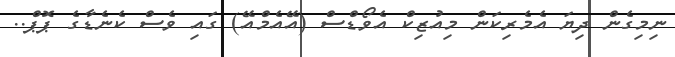
ނިމިގެން ދިޔަ އެމެރިކަން މިއުޒިކް އެވޯޑްސް (އޭއެމްއޭ) ގައި ވެސް ކެނެޑާގެ ޕޮޕް..